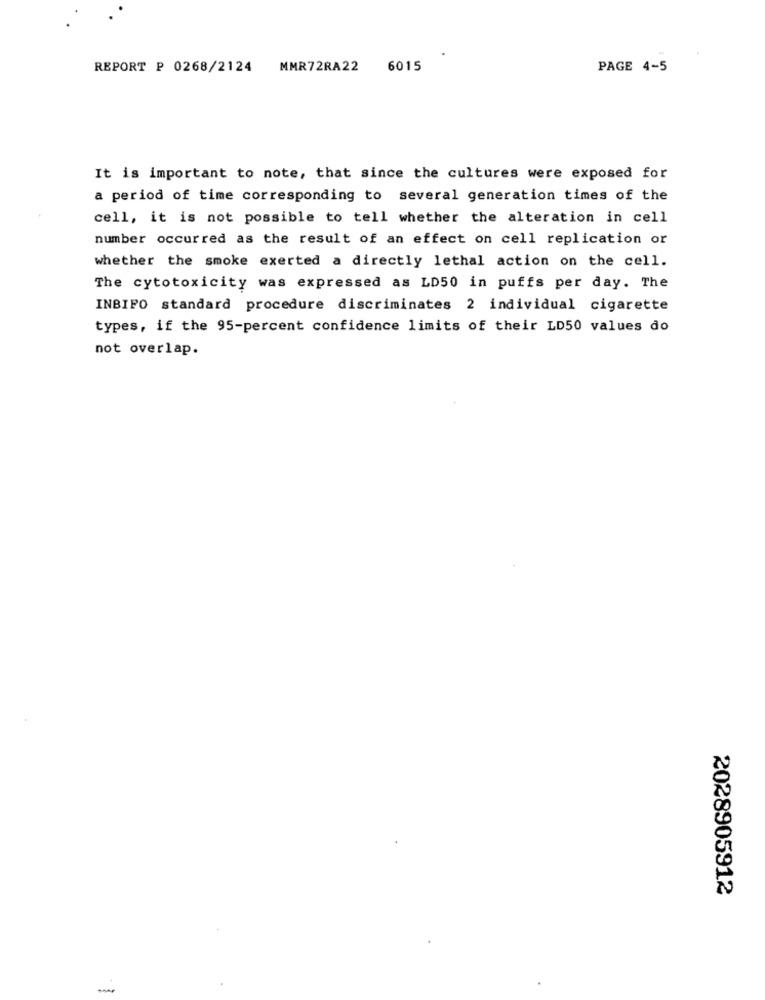
REPORT P 0268/2124 MMR72RA22
6015
PAGE 4-5
It is important to note, that since the cultures were exposed for
a period of time corresponding to several generation times of the
cell, it is not possible to tell whether the alteration in cell
number occurred as the result of an effect on cell replication or
whether the smoke exerted a directly lethal action on the cell.
The cytotoxicity was expressed as LD50 in puffs per day. The
INBIFO standard procedure discriminates 2 individual cigarette
types, if the 95-percent confidence limits of their LD50 values do
not overlap.
2028905912
-